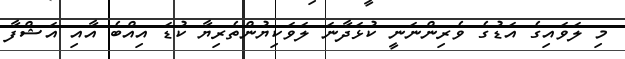
މި ލަވައިގެ އަޑުގެ ވެރިންނަނީ ކުޅަދާނަ ލަވަކިޔުންތެރިޔާ ކުޑަ އިއްބެ އާއި އަޝްފާ